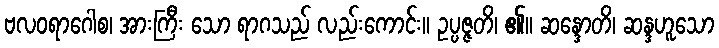
ဗလဝရာဂေါစ၊ အားကြီး သော ရာဂသည် လည်းကောင်း။ ဥပ္ပဇ္ဇတိ၊ ၏။ ဆန္ဒောတိ၊ ဆန္ဒဟူသော